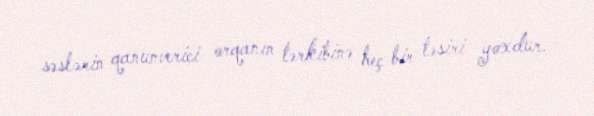
səslərin qanunverici orqanın tərkibinə heç bir təsiri yoxdur.